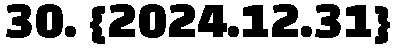
30. {2024.12.31}